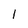
Character: 1